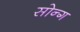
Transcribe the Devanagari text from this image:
सोन्ग